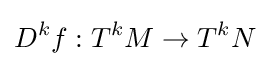
D^{k}f:T^{k}M\to T^{k}N